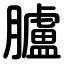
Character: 臚